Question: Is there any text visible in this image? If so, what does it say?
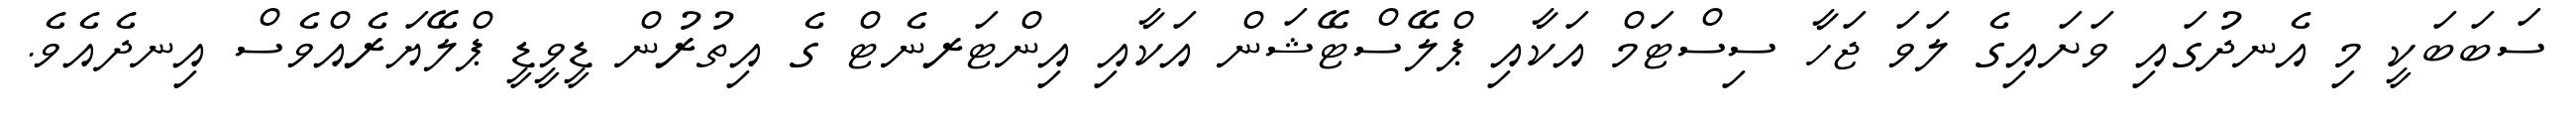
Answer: ސަބަބަކީ މި އެނދުގައި ވަށައިގެ ލަވަ ޖަހާ ސިސްޓަމް އަކާއި ޕްލޭސްޓޭޝަން އަކާއި އިންޓަރނެޓް ގެ އިތުރުން ޑީވީޑީ ޕްލޭޔަރެއްވެސް އިނދެއެވެ.